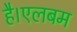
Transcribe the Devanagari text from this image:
है।एलबम